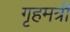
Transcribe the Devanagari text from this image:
गृहमत्री